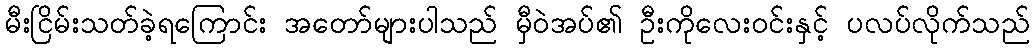
မီးငြိမ်းသတ်ခဲ့ရကြောင်း အတော်များပါသည် မှီဝဲအပ်၏ ဦးကိုလေးဝင်းနှင့် ပလပ်လိုက်သည်